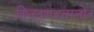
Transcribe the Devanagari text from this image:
शिवताण्डवस्तोत्र